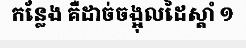
កន្លែង គឺដាច់ចង្អុលដៃស្តាំ ១